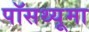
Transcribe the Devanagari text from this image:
पॉसथ्यूमा